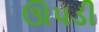
ઊપડી